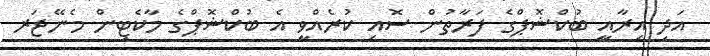
އަދި އިރާއީ ބުކްޝޮޕްގެ ފަރާތުން ސޮއި ކުރެއްވީ އެ ބުކްޝޮޕްގެ މާކެޓިން މެނޭޖަރ